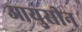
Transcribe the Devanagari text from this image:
आयुसीन